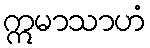
ဣမာသာဟံ